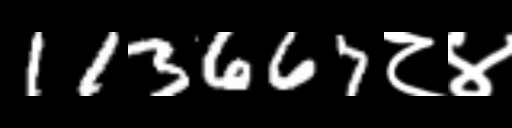
Text: 113667८४